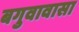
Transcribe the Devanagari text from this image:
बगुवावासा